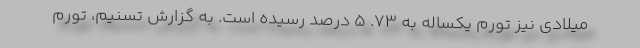
میلادی نیز تورم یکساله به 73. 5 درصد رسیده است. به گزارش تسنیم، تورم